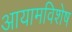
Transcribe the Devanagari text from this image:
आयामविशेष